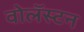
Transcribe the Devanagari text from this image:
वोलॅस्टन